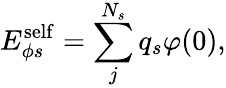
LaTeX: E_{\phi s}^{\mathrm{self}}=\sum_{j}^{N_{s}}q_{s}\varphi(0),